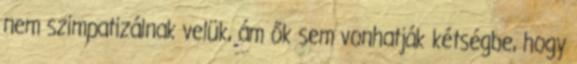
nem szimpatizálnak velük, ám ők sem vonhatják kétségbe, hogy